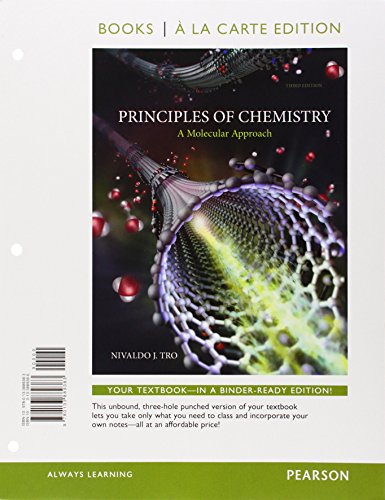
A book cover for Principles of Chemistry: A Molecular Approach, Books a la Carte Plus MasteringChemistry with eText -- Access Card Package (3rd Edition); Nivaldo J. Tro; Science & Math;